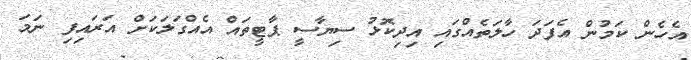
އެހެން ކަމުން އެފަދަ ހާލަތެއްގައި އިދިކޮޅު ސިޔާސީ ޕާޓީތައް އެއްގަލަކަށް އަރައިފި ނަމަ